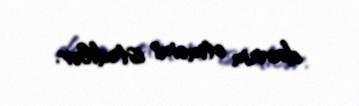
davam etməmi istədilər.